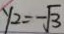
y _ { 2 } = - \sqrt { 3 }